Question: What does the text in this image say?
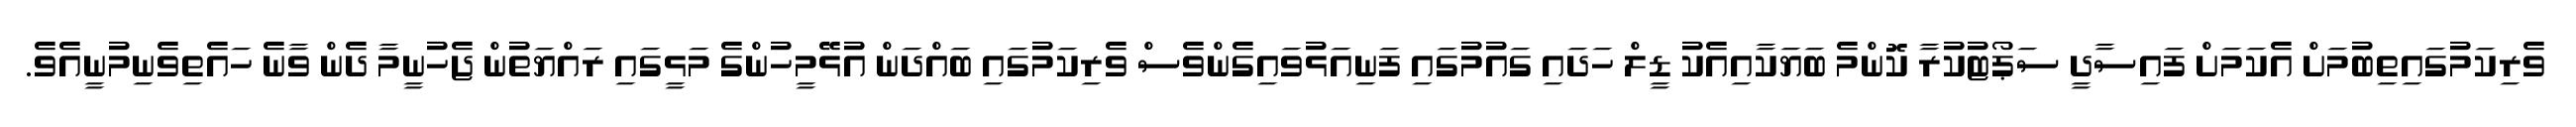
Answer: ވެރިކަމުގައިތިބުމަށް އެކަމަށް ފައިސާދީ ސަޕޯޓުކުރާ ކޮންމެ ބަޔަކާއިއެކު ޑީލް ހަދައި ގައުމުގައި ފަނިއަޅުވައިގެންވެސް ވެރިކަމުގައި ބައްދަން އުޅޭމީހުންގެ މަޅީގައި ރައްޔަތުން ޖެހުނީމާ ދެން ވާނެ ހައެތިވެނިމުނީއެވެ.